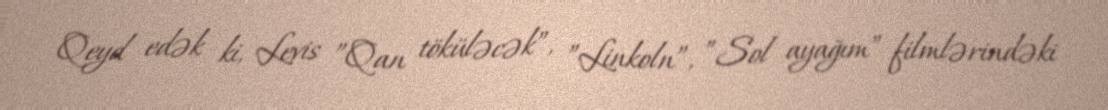
Qeyd edək ki, Levis ”Qan töküləcək”, ”Linkoln”, ”Sol ayağım” filmlərindəki